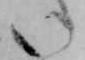
い